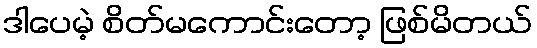
ဒါပေမဲ့ စိတ်မကောင်းတော့ ဖြစ်မိတယ်